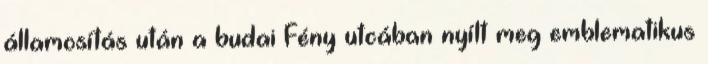
államosítás után a budai Fény utcában nyílt meg emblematikus